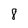
Character: 8